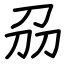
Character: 刕